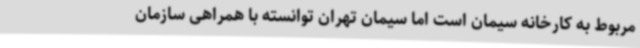
مربوط به کارخانه سیمان است اما سیمان تهران توانسته با همراهی سازمان